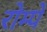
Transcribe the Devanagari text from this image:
रोम्पे